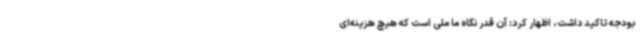
بودجه تاکید داشت، اظهار کرد: آن قدر نگاه ما ملی است که هیچ هزینه‌ای